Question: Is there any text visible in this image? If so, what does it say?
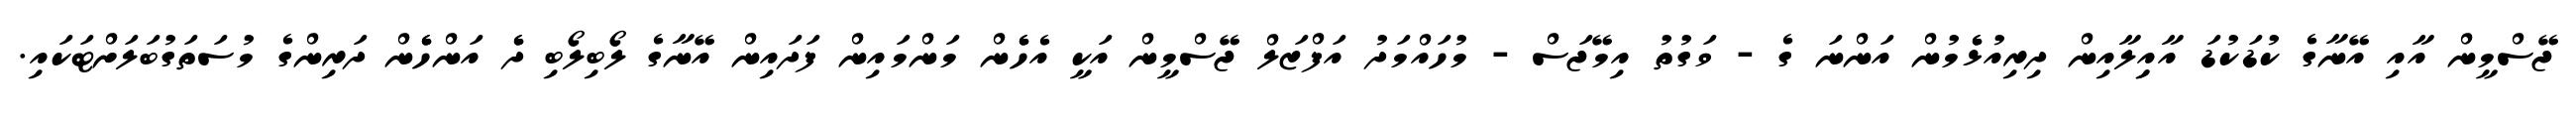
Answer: ޖޭސްމީން އާއި އޭނާގެ ކުޑަކުޑަ އާއިިލާއިން ދިރިއުޅެެމުން އަންނަ ގެ - ވަގުތު އިމޭޖަސް - މުހައްމަދު އަފްޒަލް ޖޭސްމީން އަކީ އެހެެން މަންމައިން ފަދައިން އޭނާގެ ލޯބިލޯބި ދެެ އަންހެެން ދަރިންގެ މުސަތަގުބަލަށްޓަކައި.